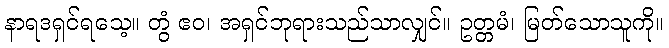
နာရဒရှင်ရသေ့။ တွံ ဧဝ၊ အရှင်ဘုရားသည်သာလျှင်။ ဥတ္တမံ၊ မြတ်သောသူကို။